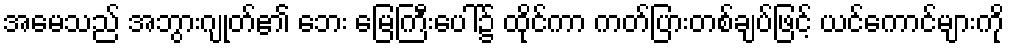
အမေသည် အဘွားဂျုတ်၏ ဘေး မြေကြီးပေါ်၌ ထိုင်ကာ ကတ်ပြားတစ်ချပ်ဖြင့် ယင်ကောင်များကို